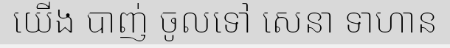
យើង បាញ់ ចូលទៅ សេនា ទាហាន